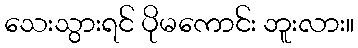
သေးသွားရင် ပိုမကောင်း ဘူးလား။